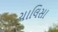
ચાલિસા